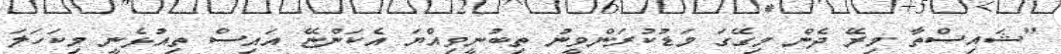
"ޝައިސްތާ މިރޭ ދެން މިގޭގަ މަޑުކުރަންވީނު ތިބުނީވިއްޔަ އެކަންޏޭ އައިސް ތިއުޅެނީ މިކަހަލަ